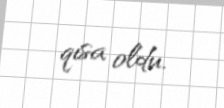
qısa oldu.